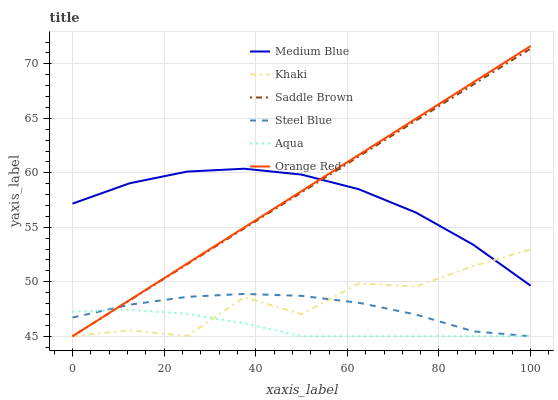
| xaxis_label | Medium Blue | Khaki | Saddle Brown | Steel Blue | Aqua | Orange Red |
 | --- | --- | --- | --- | --- | --- | --- |
 | 0 | 57.2 | 45 | 45 | 46.7 | 47.3 | 45 |
 | 12.5 | 59 | 45.6 | 48.3 | 47.9 | 47.4 | 48.3 |
 | 25 | 60.1 | 45 | 51.6 | 48.6 | 47.1 | 51.7 |
 | 37.5 | 60.4 | 48.6 | 54.9 | 48.9 | 46.2 | 55 |
 | 50 | 59.8 | 47 | 58.2 | 48.7 | 45 | 58.3 |
 | 62.5 | 58.5 | 49.8 | 61.5 | 48.1 | 45 | 61.7 |
 | 75 | 56.3 | 49.6 | 64.8 | 47 | 45 | 65 |
 | 87.5 | 53.4 | 51.4 | 68.1 | 45.5 | 45 | 68.3 |
 | 100 | 49.6 | 53 | 71.4 | 45 | 45 | 71.6 |